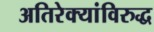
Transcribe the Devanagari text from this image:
अतिरेक्यांविरुद्ध